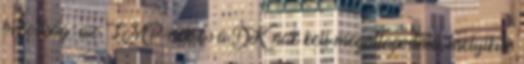
bizottság: az LMP-nek és a DK-nak kell megállapodnia, melyikük